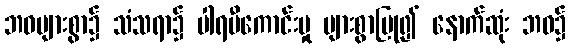
ဘဝများစွာ၌ သံသရာ၌ ပါရမီကောင်းမှု များစွာပြု၍ နောက်ဆုံး ဘဝ၌